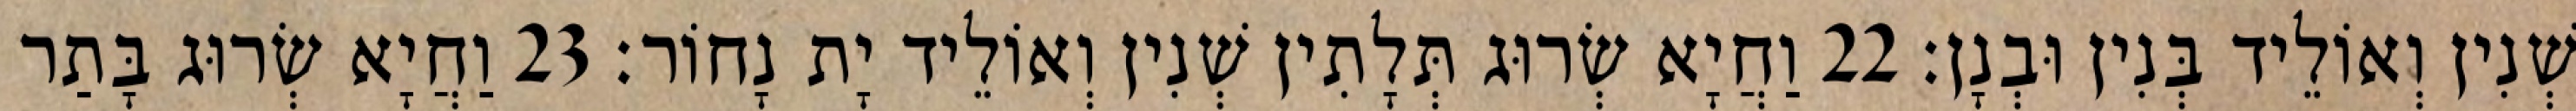
שְׁנִין וְאוֹלֵיד בְּנִין וּבְנָן׃ 22 וַחֲיָא שְׂרוּג תְּלָתִין שְׁנִין וְאוֹלֵיד יָת נָחוֹר׃ 23 וַחֲיָא שְׂרוּג בָּתַר